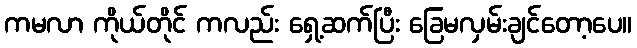
ကမလာ ကိုယ်တိုင် ကလည်း ရှေ့ဆက်ပြီး ခြေမလှမ်းချင်တော့ပေ။